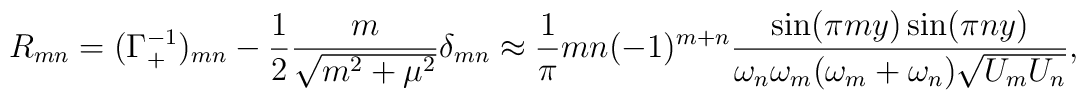
R_{mn} = (\Gamma_+^{-1})_{mn} -\frac{1}{2} \frac{m}{\sqrt{m^2 + \mu^2}}\delta_{mn}\approx \frac{1}{\pi} m n (-1)^{m + n} \frac{\sin(\pi m y)\sin(\pi n y)}{ \omega_n \omega_m (\omega_m + \omega_n)\sqrt{U_m U_n}},